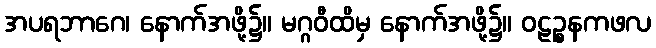
အပရဘာဂေ၊ နောက်အဖို့၌။ မဂ္ဂဝီထိမှ နောက်အဖို့၌။ ဝဠဉ္စနကဖလ